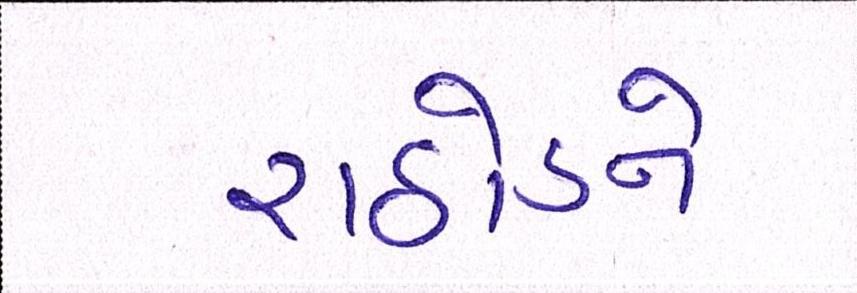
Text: રાઠોડને